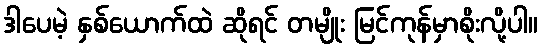
ဒါပေမဲ့ နှစ်ယောက်ထဲ ဆိုရင် တမျိုး မြင်ကုန်မှာစိုးလို့ပါ။